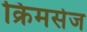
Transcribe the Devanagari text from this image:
क्रिमसेज